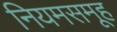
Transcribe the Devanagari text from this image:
नियमसमूह